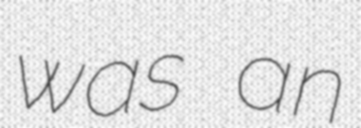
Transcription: was an